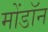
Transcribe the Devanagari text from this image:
मोंडॉन